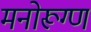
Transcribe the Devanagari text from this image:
मनोरूग्ण